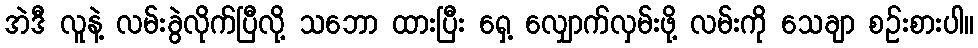
အဲဒီ လူနဲ့ လမ်းခွဲလိုက်ပြီလို့ သဘော ထားပြီး ရှေ့ လျှောက်လှမ်းဖို့ လမ်းကို သေချာ စဉ်းစားပါ။